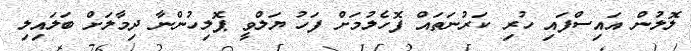
ލޮލުން އައިސްފައި ހުރި ކަރުނަތައް ފޮހެލުމަށް ފަހު ޔަލްވީ ޕޮލިހުންނާ ދިމާލަށް ބަލައިލި